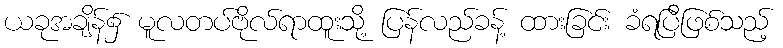
ယခုအချိန်၌ မူလတပ်ဗိုလ်ရာထူးသို့ ပြန်လည်ခန့် ထားခြင်း ခံရပြီဖြစ်သည့်